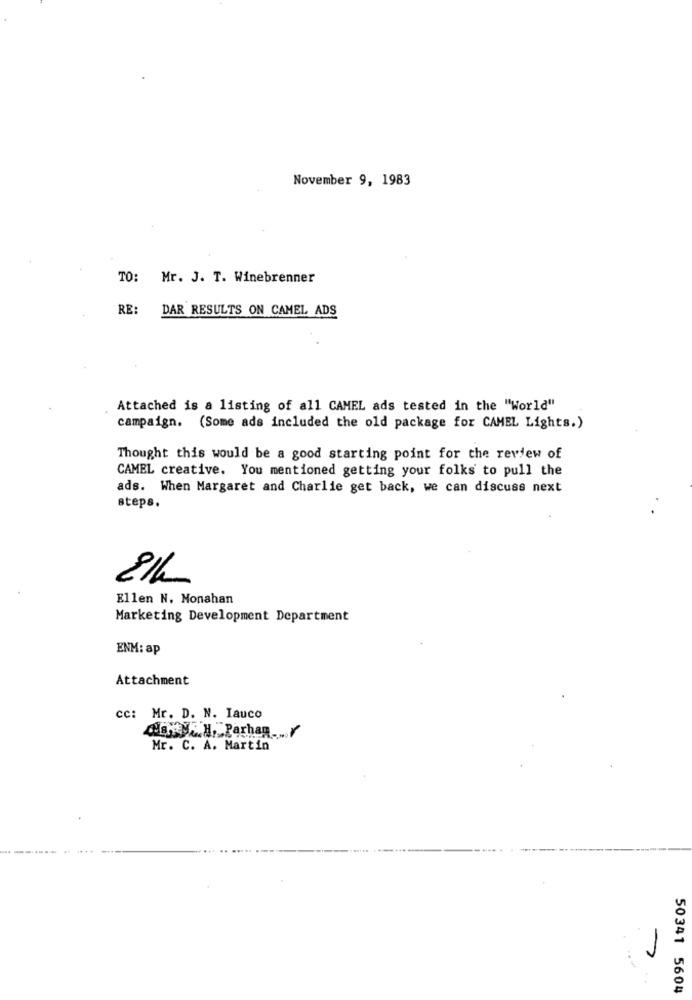
November 9, 1983
TO:
Mr. J. T. Winebrenner
RE:
DAR RESULTS ON CAMEL ADS
Attached is a listing of all CAMEL ads tested in the "World"
campaign. (Some ads included the old package for CAMEL Lights.)
Thought this would be a good starting point for the review of
CAMEL creative. You mentioned getting your folks to pull the
ads. When Margaret and Charlie get back, we can discuss next
steps.
Ellen N. Monahan
Marketing Development Department
ENM: ap
Attachment
cc: Mr. D. N. Iauco
MONTH, Parhan .... /
Mr. C. A. Martin
50341 5604